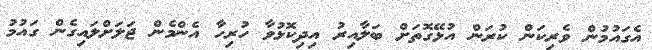
އެގައުމުން ވެރިކަން ކުރަން އުޅޭގޮތަށް ބަލާއިރު އިދިކޮޅުވާ ހުރިހާ އެންމެން ޖަލަށްލައިގެން ގައުމު